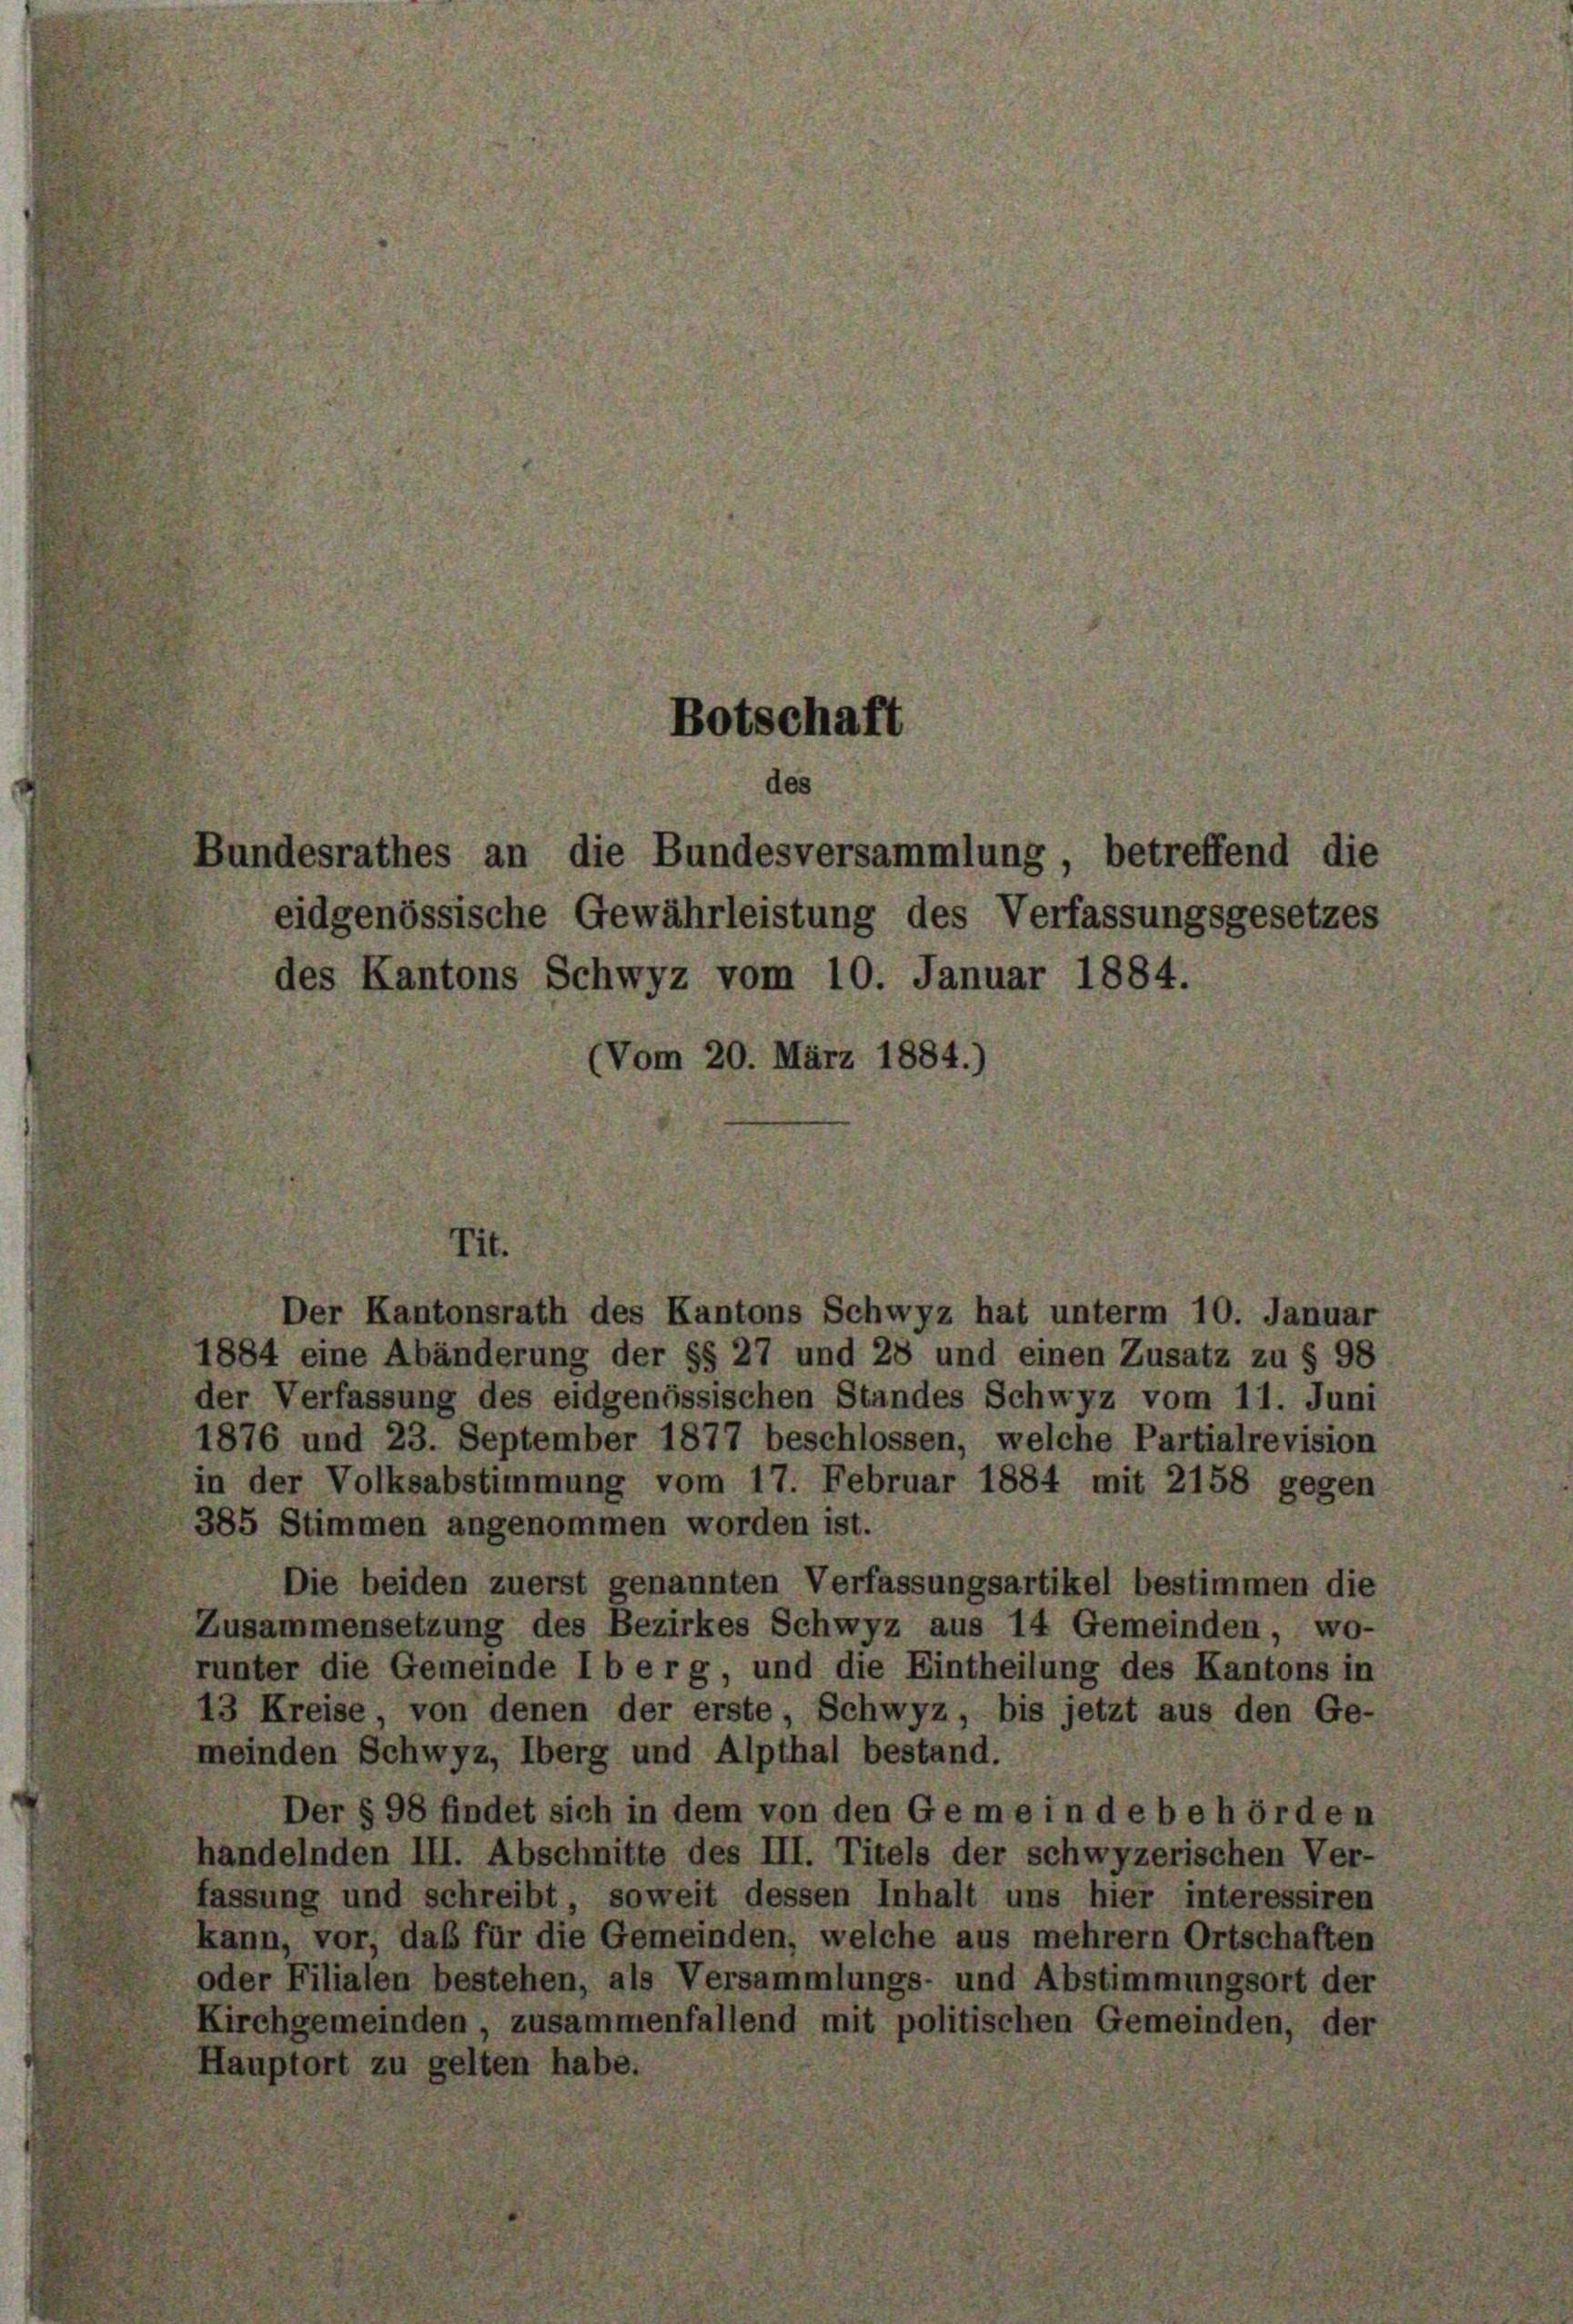
undesrathes an die Bundesversammlung, betreffend
eidgenössische Gewährleistung des Verfassungsgeset
des Kantons Schwyz vom 10. Januar 1884.
(Vom 20. März 1884.)

Botschaft

Der Kantonsrath des Kantons Schwyz hat unterm 10. Januar
884 eine Abänderung der §§ 27 und 28 und einen Zusatz zu § 98
er Verfassung des eidgenössischen Standes Schwyz vom 11. Juni
1876 und 23. September 1877 beschlossen, welche Partialrevision
a der Volksabstimmung vom 17. Februar 1884 mit 2158 gegen
185 Stimmen angenommen worden ist.
Die beiden zuerst genannten Verfassungsartikel bestimmen die
Zusammensetzung des Bezirkes Schwyz aus 14 Gemeinden, wo-
unter die Gemeinde I b e r g, und die Eintheilung des Kantons in
3 Kreise, von denen der erste, Schwyz, bis jetzt aus den Ge-
meinden Schwyz, Oberg und Alpthal bestand.
Der § 98 findet sich in dem von den Gemein debehörden
andelnden III. Abschnitte des III. Titels der schwyzerischen Ver-
assung und schreibt, soweit dessen Inhalt uns hier interessiren
kann, vor, daß für die Gemeinden, welche aus mehrern Ortschaften
oder Filialen bestehen, als Versammlungs- und Abstimmungsort der
Kirchgemeinden, zusammenfallend mit politischen Gemeinden, der